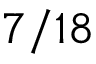
7 / 1 8